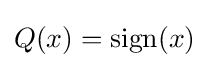
Q(x)={\text{sign}}(x)